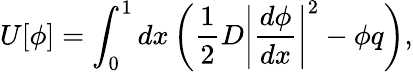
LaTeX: U[\phi]=\int_{0}^{1}dx\left(\frac{1}{2}D\left|\frac{d\phi}{dx}\right|^{2}-\phi q\right),